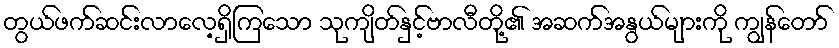
တွယ်ဖက်ဆင်းလာလေ့ရှိကြသော သုကျိတ်နှင့်ဗာလီတို့၏ အဆက်အနွယ်များကို ကျွန်တော်